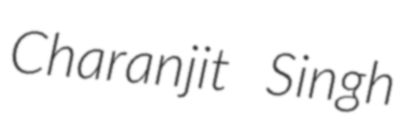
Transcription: Charanjit Singh